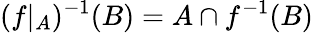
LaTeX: (f\vert_{A})^{-1}(B)=A\cap f^{-1}(B)